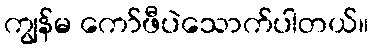
ကျွန်မ ကော်ဖီပဲသောက်ပါတယ်။